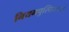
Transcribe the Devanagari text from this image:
नियमपुस्तिकाओं